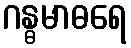
ဂန္ဓမာဓရေ